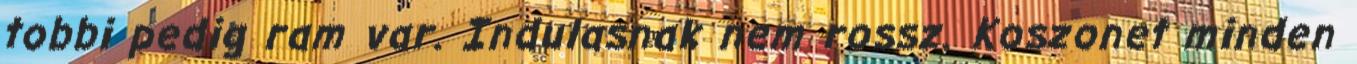
tobbi pedig ram var. Indulasnak nem rossz. Koszonet minden